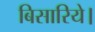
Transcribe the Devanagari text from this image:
बिसारिये।